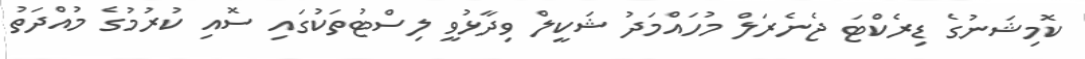
ކޮމިޝަނުގެ ޑިރެކްޓަ ޖެނެރަލް މުހައްމަދު ޝަކީލް ވިދާޅުވީ ލިސްޓުތަކުގައި ސޮއި ކުރުމުގެ މުއްދަތު